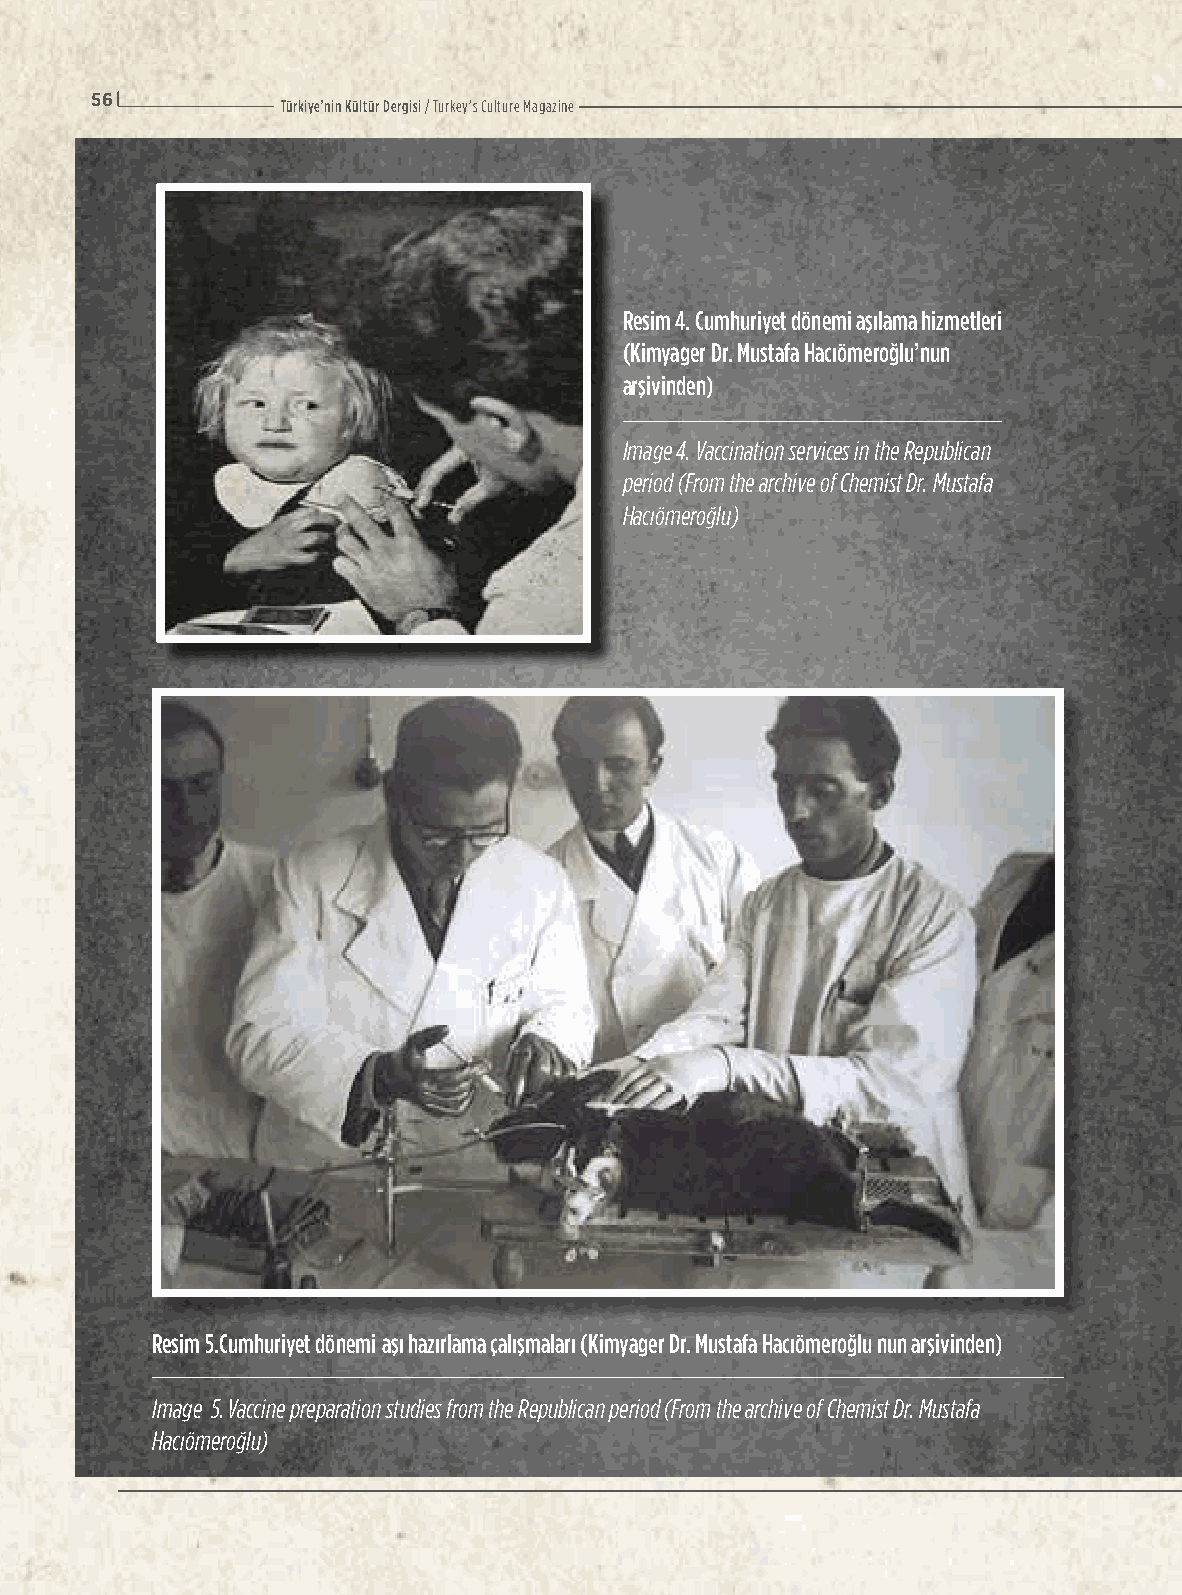
56
 Türkiye’nin Kültür Dergisi / Turkey’s Culture Magazine
 Resim 4. Cumhuriyet dönemi aşılama hizmetleri
 (Kimyager Dr. Mustafa Hacıömeroğlu’nun
 arşivinden)
 Image 4. Vaccination services in the Republican
 period (From the archive of Chemist Dr. Mustafa
 Hacıömeroğlu)
 Resim 5.Cumhuriyet dönemi aşı hazırlama çalışmaları (Kimyager Dr. Mustafa Hacıömeroğlu nun arşivinden)
 Image 5. Vaccine preparation studies from the Republican period (From the archive of Chemist Dr. Mustafa
 Hacıömeroğlu)